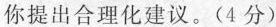
你提出合理化建议。(4分)